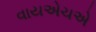
વાયએચએ